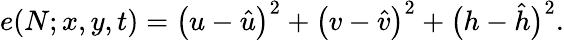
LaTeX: e(N;x,y,t)=\left(u-\hat{u}\right)^{2}+\left(v-\hat{v}\right)^{2}+\bigl(h-\hat{h}\bigr)^{2}.